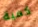
كمية